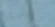
تلتحق